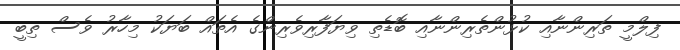
ފިލްމީ ތަރިންނާއި ކުޅުންތެރިންނާއި ބޮޑެތި ވިޔަފާރިވެރިންގެ އެތައް ބަޔަކު މިހާރު ވެސް ތިބީ